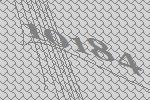
10184